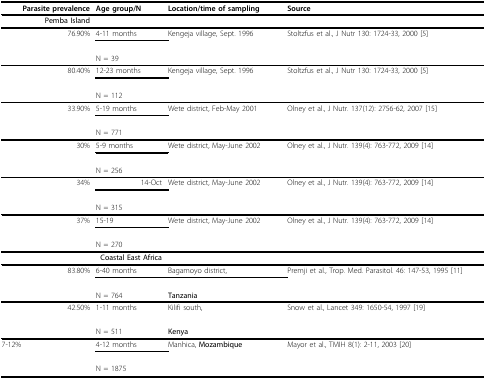
<table><thead><tr><td><b>Parasite prevalence</b></td><td><b>Age group/N</b></td><td><b>Location/time of sampling</b></td><td><b>Source</b></td></tr></thead><tbody><tr><td><b>Pemba Island</b></td><td></td><td></td><td></td></tr><tr><td>76.90%</td><td>4-11 months</td><td>Kengeja village, Sept. 1996</td><td>Stoltzfus et al., J Nutr 130: 1724-33, 2000 [5]</td></tr><tr><td></td><td>N = 39</td><td></td><td></td></tr><tr><td>80.40%</td><td>12-23 months</td><td>Kengeja village, Sept. 1996</td><td>Stoltzfus et al., J Nutr 130: 1724-33, 2000 [5]</td></tr><tr><td></td><td>N = 112</td><td></td><td></td></tr><tr><td>33.90%</td><td>5-19 months</td><td>Wete district, Feb-May 2001</td><td>Olney et al., J Nutr. 137(12): 2756-62, 2007 [15]</td></tr><tr><td></td><td>N = 771</td><td></td><td></td></tr><tr><td>30%</td><td>5-9 months</td><td>Wete district, May-June 2002</td><td>Olney et al., J Nutr. 139(4): 763-772, 2009 [14]</td></tr><tr><td></td><td>N = 256</td><td></td><td></td></tr><tr><td>34%</td><td>14-Oct</td><td>Wete district, May-June 2002</td><td>Olney et al., J Nutr. 139(4): 763-772, 2009 [14]</td></tr><tr><td></td><td>N = 315</td><td></td><td></td></tr><tr><td>37%</td><td>15-19</td><td>Wete district, May-June 2002</td><td>Olney et al., J Nutr. 139(4): 763-772, 2009 [14]</td></tr><tr><td></td><td>N = 270</td><td></td><td></td></tr><tr><td colspan="2"><b>Coastal East Africa</b></td><td></td><td></td></tr><tr><td>83.80%</td><td>6-40 months</td><td>Bagamoyo district,</td><td>Premji et al., Trop. Med. Parasitol. 46: 147-53, 1995 [11]</td></tr><tr><td></td><td>N = 764</td><td><b>Tanzania</b></td><td></td></tr><tr><td>42.50%</td><td>1-11 months</td><td>Kilifi south,</td><td>Snow et al., Lancet 349: 1650-54, 1997 [19]</td></tr><tr><td></td><td>N = 511</td><td><b>Kenya</b></td><td></td></tr><tr><td>7-12%</td><td>4-12 months</td><td>Manhica, <b>Mozambique</b></td><td>Mayor et al., TMIH 8(1): 2-11, 2003 [20]</td></tr><tr><td></td><td>N = 1875</td><td></td><td></td></tr></tbody></table>